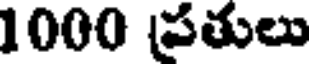
1000 పతులు